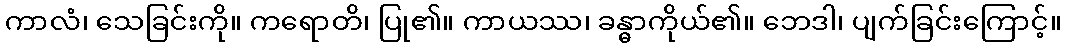
ကာလံ၊ သေခြင်းကို။ ကရောတိ၊ ပြု၏။ ကာယဿ၊ ခန္ဓာကိုယ်၏။ ဘေဒါ၊ ပျက်ခြင်းကြောင့်။